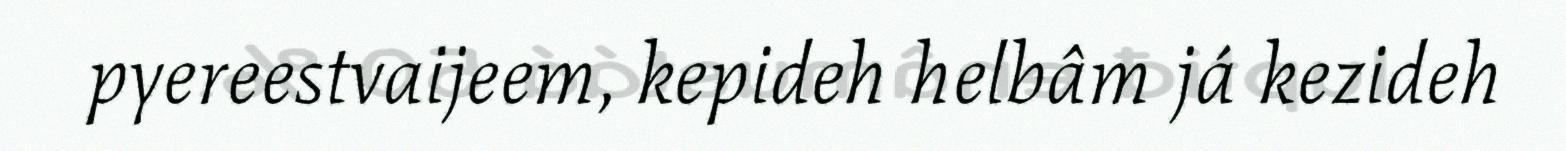
pyereestvaijeem, kepideh helbâm já kezideh